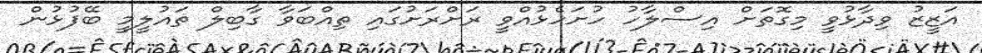
އަޒީޒު ވިދާޅުވީ މިގޮތަށް އިސްލާހު ހުށަހެޅުއްވީ ރަށްރަށުގައި ތިއްބަވާ ގާބިލް ތައުލީމީ ބޭފުޅުން